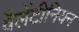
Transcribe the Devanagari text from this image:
वैलेंटीनियन